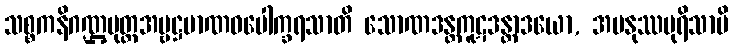
သစ္စကနိဂဏ္ဌပုတ္တအမ္ဗဋ္ဌမာဏဝပေါက္ခရသာတိ သောဏဒန္တကူဋဒန္တာဒယော, အမနုဿပုရိသာပိ